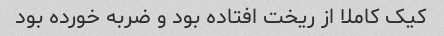
کیک کاملا از ریخت افتاده بود و ضربه خورده بود